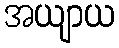
အယျာယ